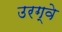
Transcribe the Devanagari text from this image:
उरग्वे